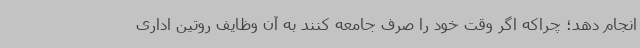
انجام دهد؛ چراکه اگر وقت خود را صرف جامعه کنند به آن وظایف روتین اداری